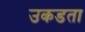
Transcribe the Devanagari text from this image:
उकडता